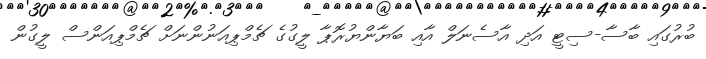
ބުރުގައި ބާސާ-ސިޓީ އަދި އާސެނަލް އާއި ބަޔާންޔުރޮޕާ ލީގުގެ ޗެމްޕިއަނުންނަށް ޗެމްޕިއަންސް ލީގުން